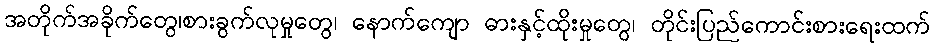
အတိုက်အခိုက်တွေ၊စားခွက်လုမှုတွေ၊ နောက်ကျော ဓားနှင့်ထိုးမှုတွေ၊ တိုင်းပြည်ကောင်းစားရေးထက်